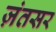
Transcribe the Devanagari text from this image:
ज़ंतसर